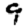
Digit: 9